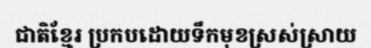
ជាតិខ្មែរ ប្រកបដោយទឹកមុខស្រស់ស្រាយ